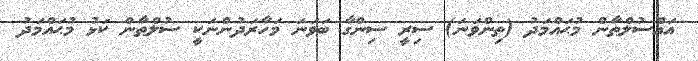
އައްސުލްޠާން މުޙައްމަދު (ތިންވަނަ) ސިރީ ސިންގާ ބަވަނަ މަހާރަދުންނަކީ ސުލްޠާން ކަޅު މުޙައްމަދު